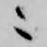
ニ